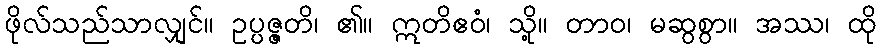
ဖိုလ်သည်သာလျှင်။ ဥပ္ပဇ္ဇတိ၊ ၏။ ဣတိဧဝံ၊ သို့။ တာဝ၊ မဆွစွာ။ အဿ၊ ထို